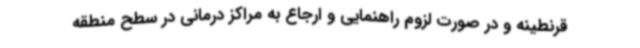
قرنطینه و در صورت لزوم راهنمایی و ارجاع به مراکز درمانی در سطح منطقه